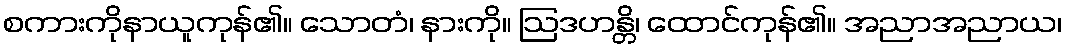
စကားကိုနာယူကုန်၏။ သောတံ၊ နားကို။ ဩဒဟန္တိ၊ ထောင်ကုန်၏။ အညာအညာယ၊